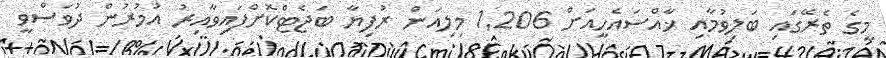
މީގެ ތެރޭގައި ބަލިވުމާއި ޚާއްސައެހީއަށް 1